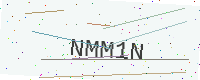
Text: NMM1N